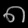
Digit: ၈